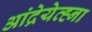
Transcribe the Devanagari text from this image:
आंद्रेयेव्ह्ना